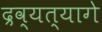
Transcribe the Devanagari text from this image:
द्रव्यत्यागे